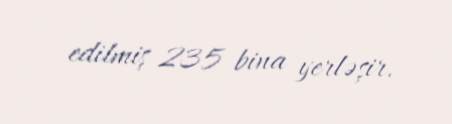
edilmiş 235 bina yerləşir.